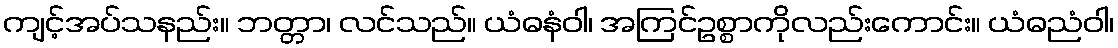
ကျင့်အပ်သနည်း။ ဘတ္တာ၊ လင်သည်။ ယံဓနံဝါ၊ အကြင်ဥစ္စာကိုလည်းကောင်း။ ယံဓညံဝါ၊